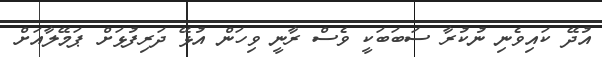
އުދޭ ކައިވެނި ނުކުރާ ސަބަބަކީ ވެސް ރާނީ ވިހަން އުޅޭ ދަރިފުޅަށް ޕަމޭލާއަށް